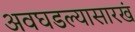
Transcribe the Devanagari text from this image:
अवघडल्यासारखं